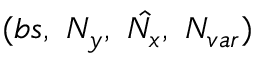
( b s , \ N _ { y } , \ \hat { N _ { x } } , \ N _ { v a r } )